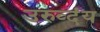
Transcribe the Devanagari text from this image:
उरुव्दंय